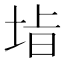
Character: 𭎡